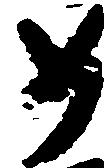
如